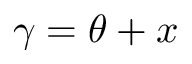
\gamma = \theta + x